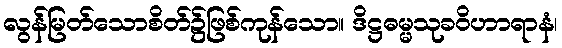
လွန်မြတ်သောစိတ်၌ဖြစ်ကုန်သော။ ဒိဋ္ဌဓမ္မသုခဝိဟာရာနံ၊